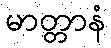
မာတ္တာနံ